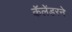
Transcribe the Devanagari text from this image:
कॅलेंडरने